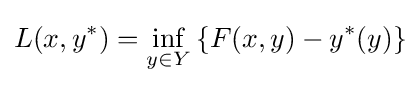
L(x,y^{*})=\inf _{y\in Y}\left\{F(x,y)-y^{*}(y)\right\}